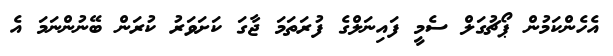
އެހެންކަމުން ޕޯޗުގަލް ސެމީ ފައިނަލްގެ ފުރަތަމަ ޖާގަ ކަށަވަރު ކުރަން ބޭނުންނަމަ އެ